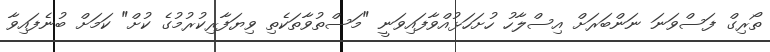
ތޯރިގް ފަސްވަނަ ނަންބަރަށް އިސްލާހު ހުށަހަޅުއްވާފައިވަނީ "މަސްތުވާތަކެތި ވިޔަފާރިކުރުމުގެ ކުށް" ކަމަށް ބުނެފައިވާ